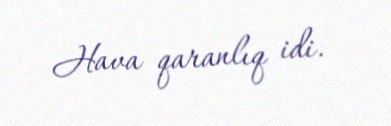
Hava qaranlıq idi.